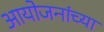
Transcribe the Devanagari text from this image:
आयोजनांच्‍या